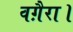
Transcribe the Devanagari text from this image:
वग़ैरा।